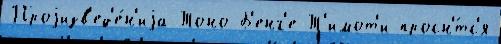
Проjизв'ед'е́н'иjа Тоно-Б'енг'е Т'имот'и просн'́тс'я